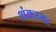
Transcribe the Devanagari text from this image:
शंकरभट